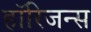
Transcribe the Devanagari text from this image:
हॉरिजन्स